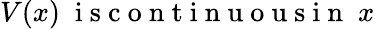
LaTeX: V(x)\; \mathrm{~i~s~c~o~n~t~i~n~u~o~u~s~i~n~}\; x